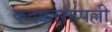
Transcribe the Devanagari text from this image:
कदक्काराप्पल्ली